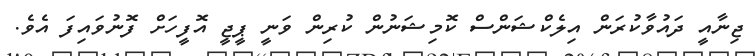
ޖިނާއީ ދައުވާކުރަން އިލެކްޝަންސް ކޮމިޝަނުން ކުރިން ވަނީ ޕީޖީ އޮފީހަށް ފޮނުވައިފަ އެވެ.